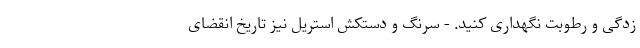
زدگی و رطوبت نگهداری کنید. - سرنگ و دستکش استریل نیز تاریخ انقضای